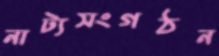
নাট্যসংগঠন